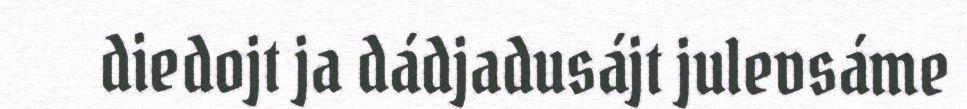
diedojt ja dádjadusájt julevsáme